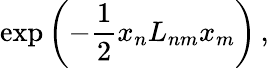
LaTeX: \exp\left({-\frac{1}{2}x_{n}L_{nm}x_{m}}\right)\, ,